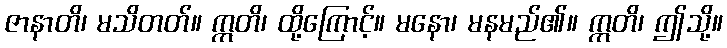
ဇာနာတိ၊ မသိတတ်။ ဣတိ၊ ထို့ကြောင့်။ မနော၊ မနမည်၏။ ဣတိ၊ ဤသို့။